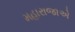
મહારાજાએ